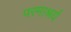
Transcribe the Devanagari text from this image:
परमाश्रर्य